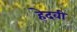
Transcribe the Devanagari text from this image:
हेदवी